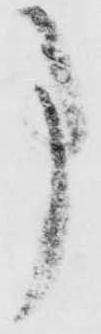
事